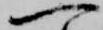
一